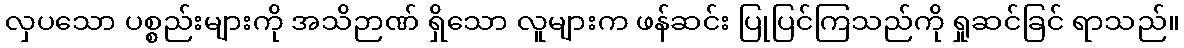
လှပသော ပစ္စည်းများကို အသိဉာဏ် ရှိသော လူများက ဖန်ဆင်း ပြုပြင်ကြသည်ကို ရှုဆင်ခြင် ရာသည်။